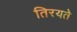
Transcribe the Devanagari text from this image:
तिरयते